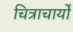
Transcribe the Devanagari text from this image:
चित्राचार्यों